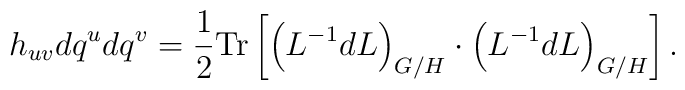
h_{uv} d q^u d q^v = \frac 12 {\rm Tr} \left[\left(L^{-1} dL\right)_{G/H} \cdot\left(L^{-1} dL\right)_{G/H}\right].